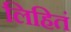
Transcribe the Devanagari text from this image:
लिहितं